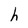
Character: h